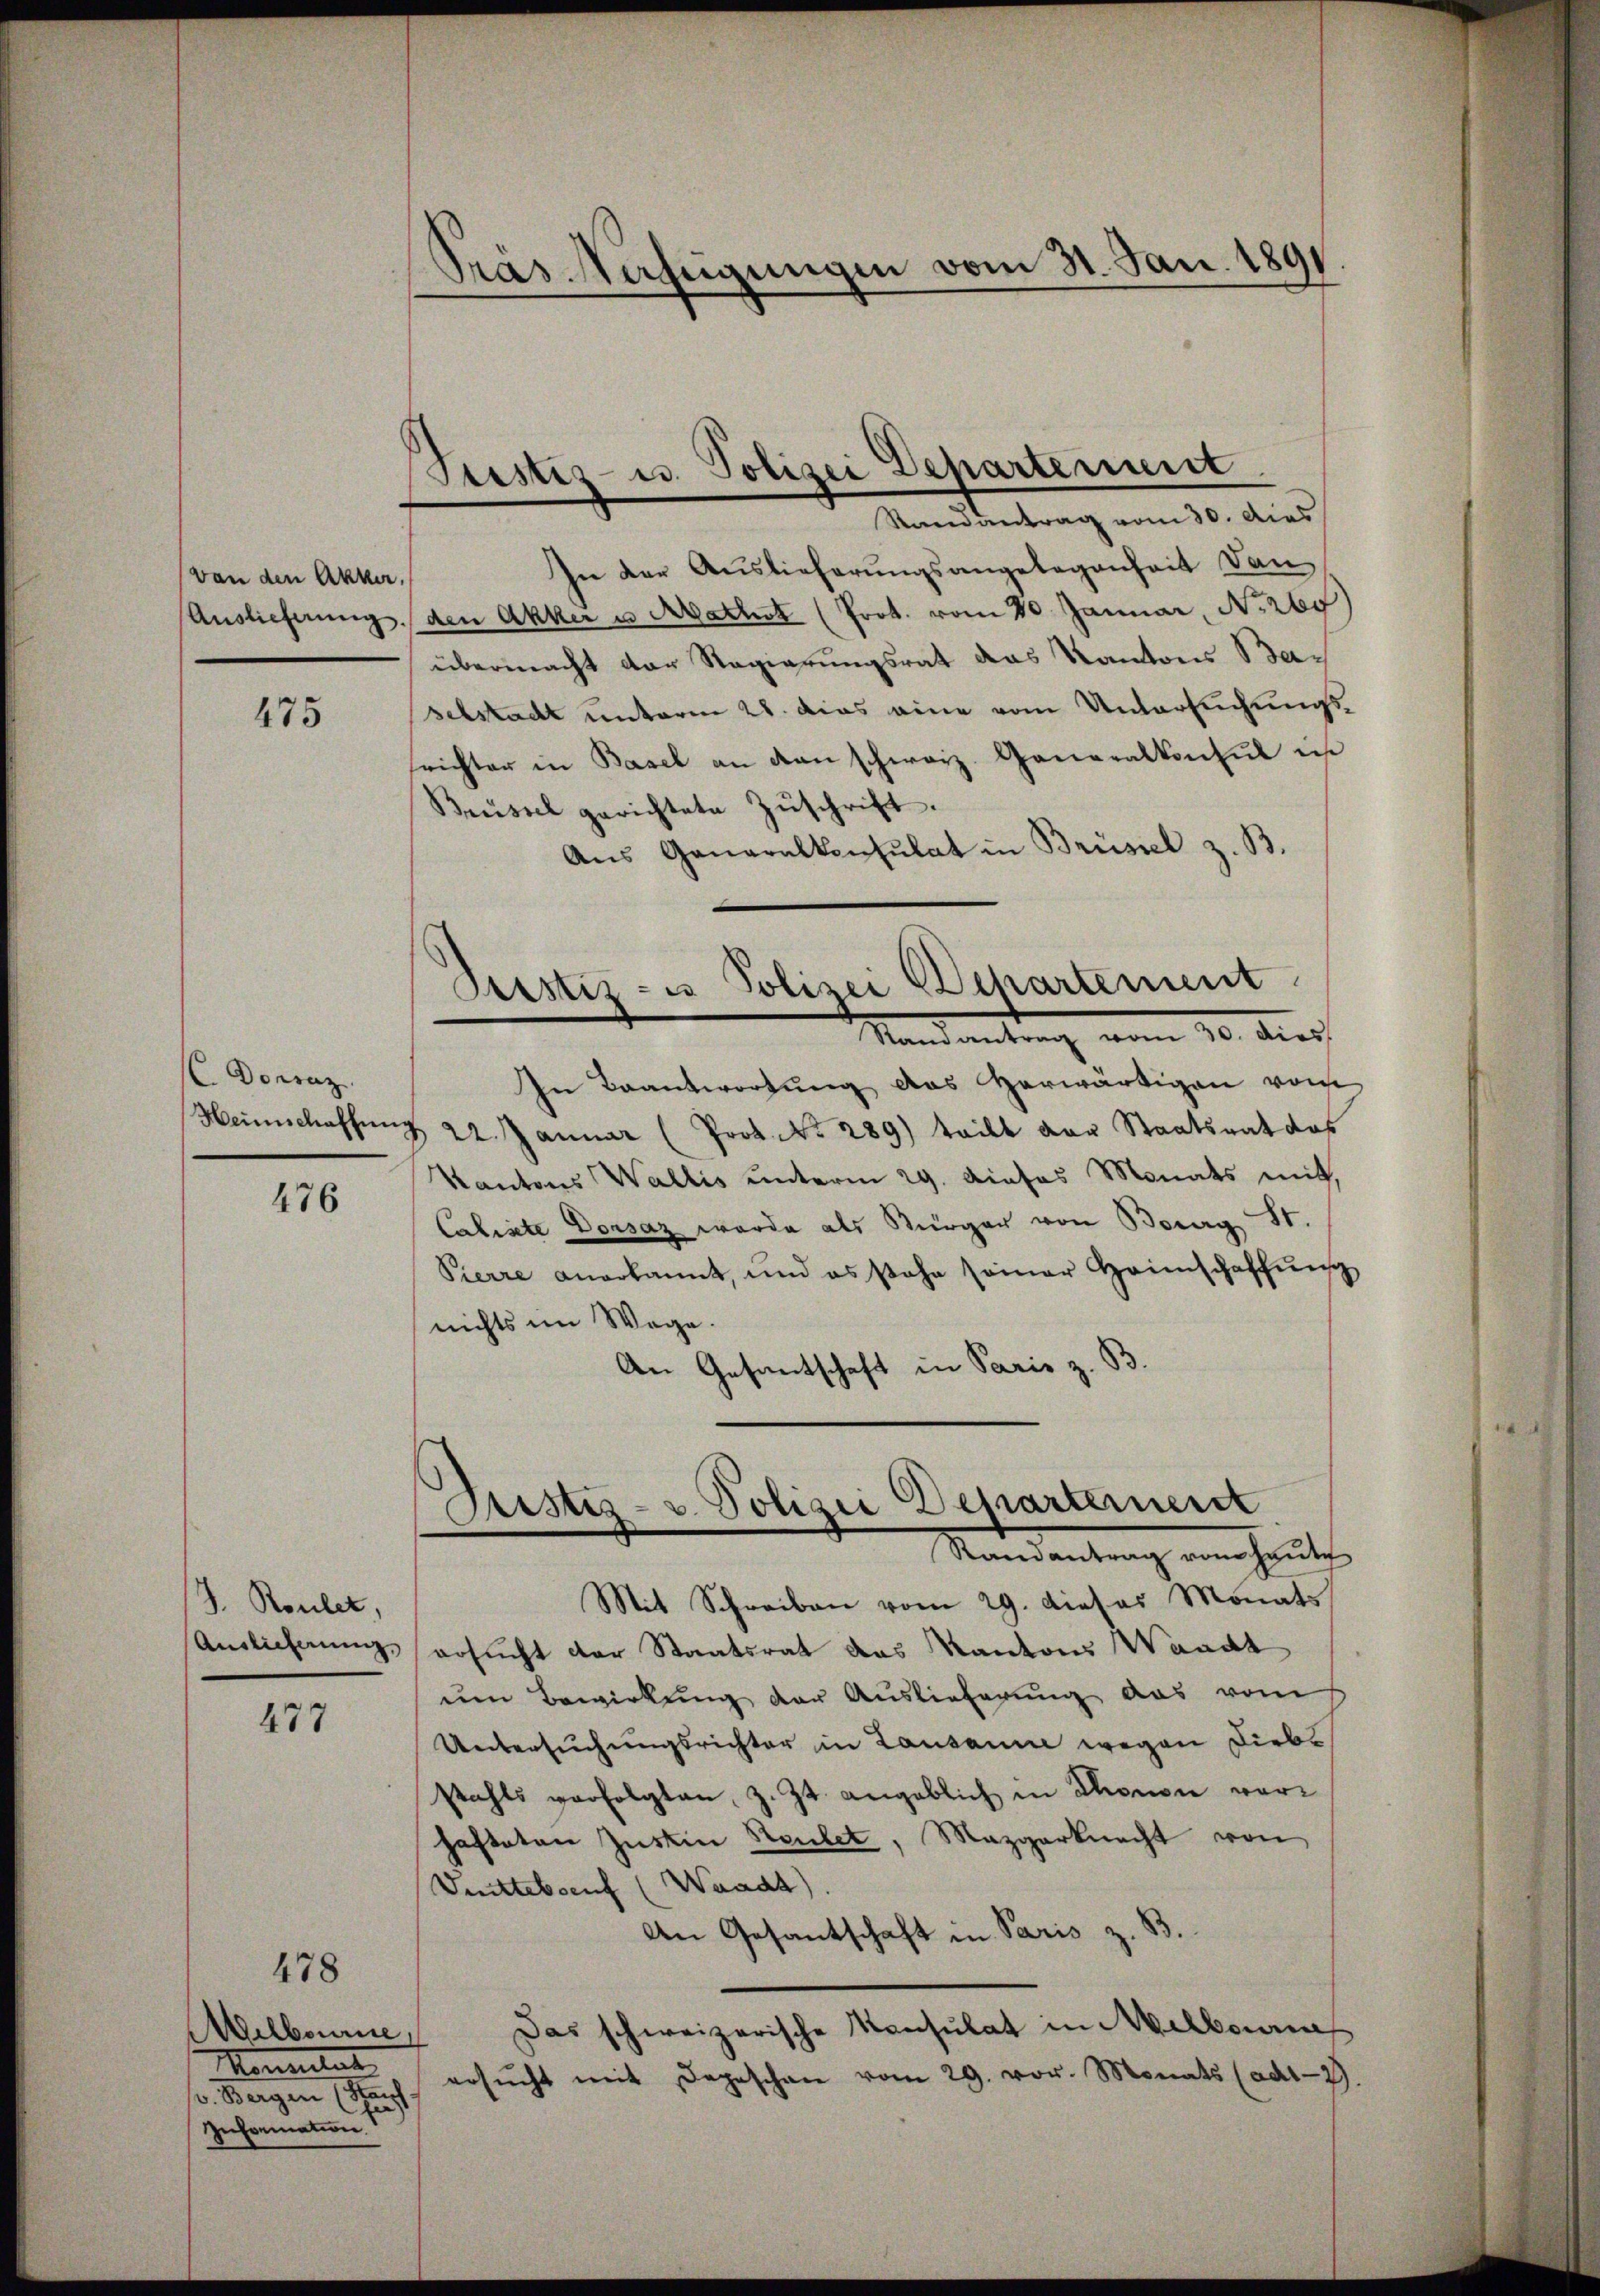
(von den Akker

475

C. Donsaz

476

J. Rouler,

477

Melboure
ementat
v. Bergen (Kauf
e
Information

478

Pras Verfügungen vom 31. Jan. 1891

Ptistiz- u. Polizei Departement.
Randantrag vom 30. dies

In der Auslieferungsangelegenheit dan
Auslieferung, den Akker u Mathist (Prot. vom 20 Januar, No. 260
übermacht der Regierungsrat das Kantons Baselstadt unterm 28. Das eine vom Untersuchungsfrichter in Basel an dan schweiz. Generalkonsul in
Brüssel gerichtete Zŭschrift.
Ans Generalkonsulat in Brüssel z. B.
In Beantwortung des Herwärtigen vom
Heimschaffung 22. Januar (Prot. No. 289) teilt vor Staatsrat das
Kantons Wallis ŭnterm 29. Dieses Monats mit,
Caliste Dorsaz werde als Bürger von Bourg St.
Pierre anerkannt, und es stehe seiner Heimschaffŭn
nichts im Wege.
An Gesantschaft in Paris z. B
Justiz- u. Polizei Departement
Mandantung von heute
Mit Schreiben vom 29. Dieses Monats
Anglicherung ersucht der Staatsrat des Kantons Waadt
um Bewirkung der Auslieferung das vom
Untersuchungsrichter in Lausanne wegen Liebs
stahls verfolgten, z. Zt. angeblich in Chronon vorhafteten Justin Heutet, Mezgerknecht von
Vettebaeuf (Waadt).
An Gesantschaft in Paris z. B
Das schweizerische Konsulat in Melborn
ersŭcht mit Depeschen vom 29. vor. Monats (ad12)

Pustiz- u Polizei Departement
Mandantung vom 10. durch